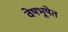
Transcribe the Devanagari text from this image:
वेषभूषेत